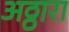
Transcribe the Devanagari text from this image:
अठ्ठारा